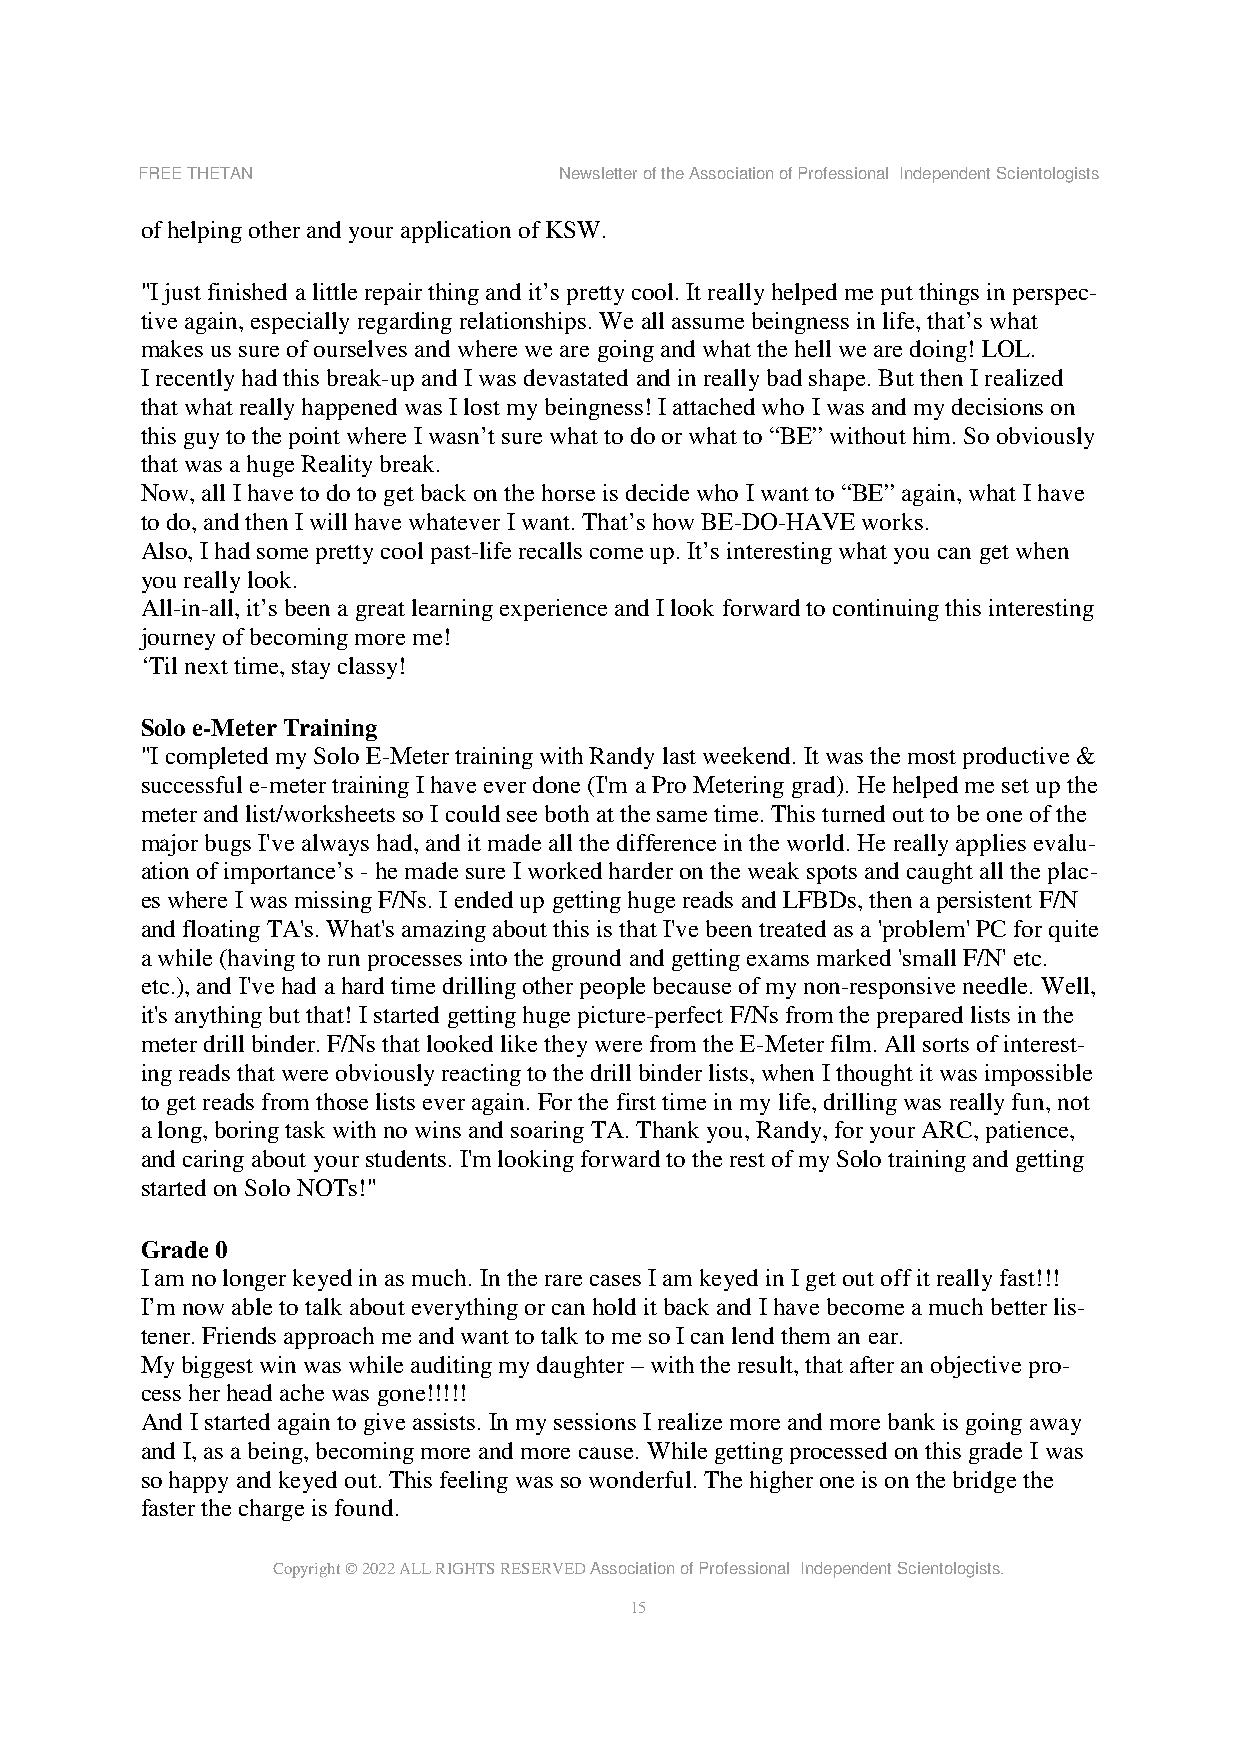
FREE THETAN                 Newsletter of the Association of Professional Independent Scientologists
 of helping other and your application of KSW.
 "I just finished a little repair thing and it’s pretty cool. It really helped me put things in perspec-
 tive again, especially regarding relationships. We all assume beingness in life, that’s what
 makes us sure of ourselves and where we are going and what the hell we are doing! LOL.
 I recently had this break-up and I was devastated and in really bad shape. But then I realized
 that what really happened was I lost my beingness! I attached who I was and my decisions on
 this guy to the point where I wasn’t sure what to do or what to “BE” without him. So obviously
 that was a huge Reality break.
 Now, all I have to do to get back on the horse is decide who I want to “BE” again, what I have
 to do, and then I will have whatever I want. That’s how BE-DO-HAVE works.
 Also, I had some pretty cool past-life recalls come up. It’s interesting what you can get when
 you really look.
 All-in-all, it’s been a great learning experience and I look forward to continuing this interesting
 journey of becoming more me!
 ‘Til next time, stay classy!
 Solo e-Meter Training
 "I completed my Solo E-Meter training with Randy last weekend. It was the most productive &
 successful e-meter training I have ever done (I'm a Pro Metering grad). He helped me set up the
 meter and list/worksheets so I could see both at the same time. This turned out to be one of the
 major bugs I've always had, and it made all the difference in the world. He really applies evalu-
 ation of importance’s - he made sure I worked harder on the weak spots and caught all the plac-
 es where I was missing F/Ns. I ended up getting huge reads and LFBDs, then a persistent F/N
 and floating TA's. What's amazing about this is that I've been treated as a 'problem' PC for quite
 a while (having to run processes into the ground and getting exams marked 'small F/N' etc.
 etc.), and I've had a hard time drilling other people because of my non-responsive needle. Well,
 it's anything but that! I started getting huge picture-perfect F/Ns from the prepared lists in the
 meter drill binder. F/Ns that looked like they were from the E-Meter film. All sorts of interest-
 ing reads that were obviously reacting to the drill binder lists, when I thought it was impossible
 to get reads from those lists ever again. For the first time in my life, drilling was really fun, not
 a long, boring task with no wins and soaring TA. Thank you, Randy, for your ARC, patience,
 and caring about your students. I'm looking forward to the rest of my Solo training and getting
 started on Solo NOTs!"
 Grade 0
 I am no longer keyed in as much. In the rare cases I am keyed in I get out off it really fast!!!
 I’m now able to talk about everything or can hold it back and I have become a much better lis-
 tener. Friends approach me and want to talk to me so I can lend them an ear.
 My biggest win was while auditing my daughter – with the result, that after an objective pro-
 cess her head ache was gone!!!!!
 And I started again to give assists. In my sessions I realize more and more bank is going away
 and I, as a being, becoming more and more cause. While getting processed on this grade I was
 so happy and keyed out. This feeling was so wonderful. The higher one is on the bridge the
 faster the charge is found.
 Copyright © 2022 ALL RIGHTS RESERVED Association of Professional Independent Scientologists.
 15